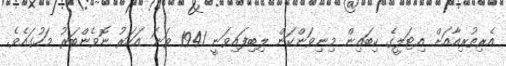
އެރިތުރިއާއަށް އިޓަލީގެ ކިބައިން މިނިވަންކަން ލިބިފައިވަނީ 1941 ވަނަ އަހަރު ނޮވެންބަރު މަހުގައެވެ.